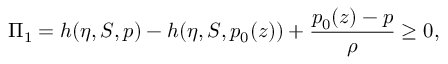
\Pi _ { 1 } = h ( \eta , S , p ) - h ( \eta , S , p _ { 0 } ( z ) ) + \frac { p _ { 0 } ( z ) - p } { \rho } \ge 0 ,